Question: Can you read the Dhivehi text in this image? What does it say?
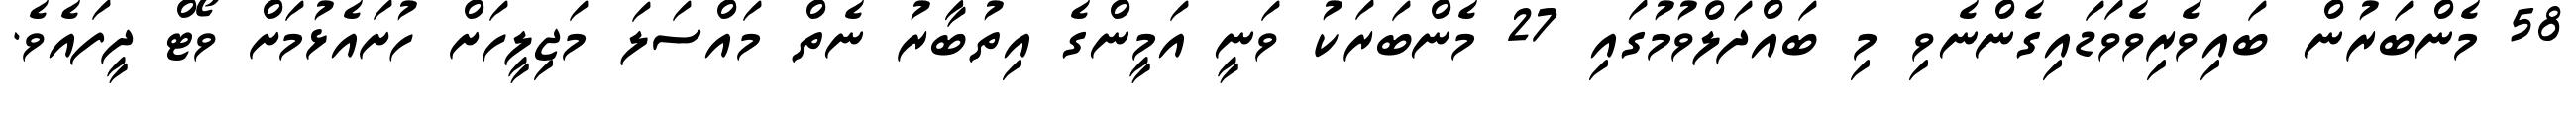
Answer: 58 މެންބަރުން ބައިވެރިވެވަޑައިގެންނެވި މި ބައްދަލްވުމުގައި 27 މެންބަރަކު ވަނީ އަމީންގެ އިތުބާރު ނެތް މައްސަލަ މަޖިލީހަށް ހުށައެޅުމަށް ވޯޓް ދީފައެވެ.